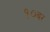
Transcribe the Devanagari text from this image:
१०वर